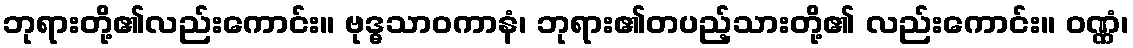
ဘုရားတို့၏လည်းကောင်း။ ဗုဒ္ဓသာဝကာနံ၊ ဘုရား၏တပည့်သားတို့၏ လည်းကောင်း။ ဝဏ္ဏံ၊